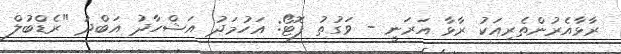
ރާޅާއެރުންތެރިއަކު ރާޅާ އަރަނީ - ވަގުތު ފޮޓޯ: އަހުމަދު އަޝްހާދު އަބްދު "ރެޑްބުލް